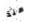
منذ